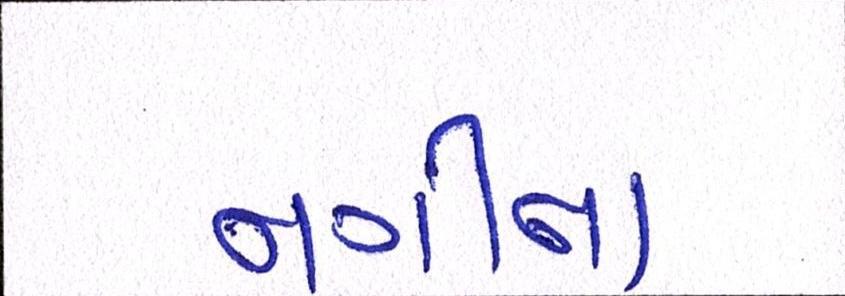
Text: નગીના